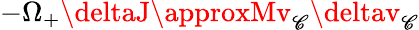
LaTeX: -\Omega_{+}\deltaJ\approxMv_{\mathscr{C}}\deltav_{\mathscr{C}}